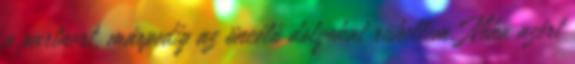
a partnert, márpedig az öncélú dolgokat rühellem. Néha azért